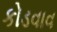
કોડવાવ